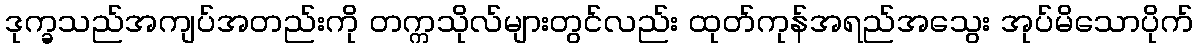
ဒုက္ခသည်အကျပ်အတည်းကို တက္ကသိုလ်များတွင်လည်း ထုတ်ကုန်အရည်အသွေး အုပ်မိသောပိုက်